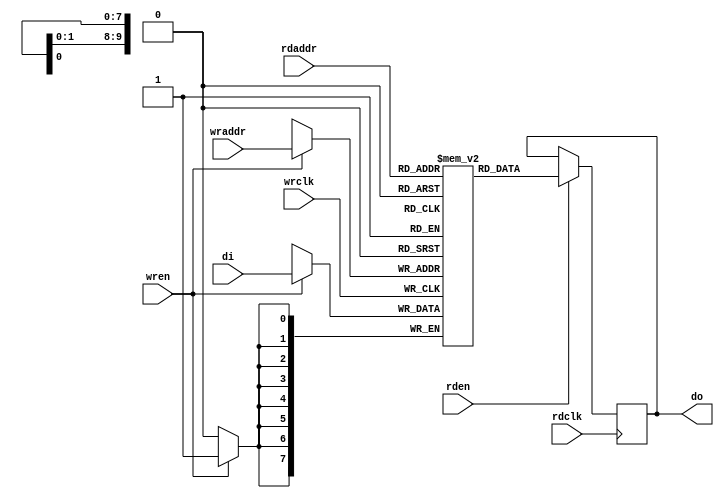
module ram0 #(
    parameter ADDR_WIDTH = 10,
    parameter DATA_WIDTH = 8,
    parameter MAX_ADDRESS = 1023
) (
    // Write port
    input wrclk,
    input [DATA_WIDTH-1:0] di,
    input wren,
    input [ADDR_WIDTH-1:0] wraddr,
    // Read port
    input rdclk,
    input rden,
    input [ADDR_WIDTH-1:0] rdaddr,
    output reg [DATA_WIDTH-1:0] do);

    (* ram_style = "block" *) reg [DATA_WIDTH-1:0] ram[0:MAX_ADDRESS];

    always @ (posedge wrclk) begin
        if (wren == 1) begin
            ram[wraddr] <= di;
        end
    end

    always @ (posedge rdclk) begin
        if (rden == 1) begin
            do <= ram[rdaddr];
        end
    end

endmodule